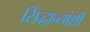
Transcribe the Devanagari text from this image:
सिद्धान्तांशी